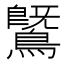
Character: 𪄵